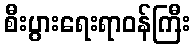
စီးပွားရေးရာဝန်ကြီး